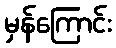
မှန်ကြောင်း